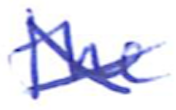
Text: the
Cross-out: cross
Writing tool: ballpoint